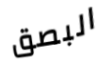
البصق